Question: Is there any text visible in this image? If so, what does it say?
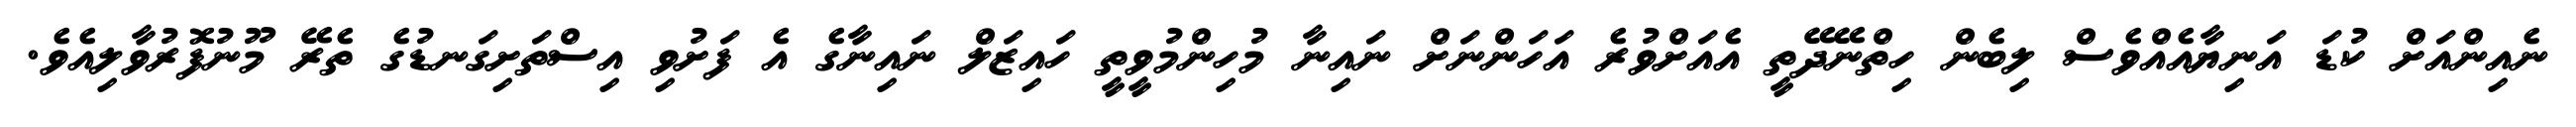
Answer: ނެއިންއަށް ކުޑަ އަނިޔާއެއްވެސް ލިބެން ހިތްނޭދޭތީ އެއަށްވުރެ އަހަންނަށް ނައިނާ މުހިންމުވީތީ ހައިޒަލް ނައިނާގެ އެ ފަށުވި އިސްތަށިގަނޑުގެ ތެރޭ މޫނުފޮރުވާލިއެވެ.